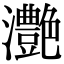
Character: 灔